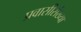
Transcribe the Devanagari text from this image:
प्रवासीसंख्या